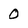
Character: 0